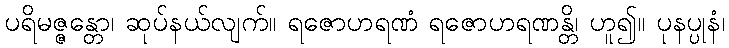
ပရိမဇ္ဇန္တော၊ ဆုပ်နယ်လျက်။ ရဇောဟရဏံ ရဇောဟရဏန္တိ၊ ဟူ၍။ ပုနပ္ပုနံ၊